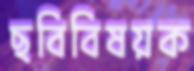
ছবিবিষয়ক